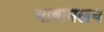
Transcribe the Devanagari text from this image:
भाषामलय